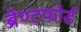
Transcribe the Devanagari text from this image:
ब्रेण्टफोर्ड